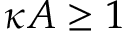
\kappa A \geq 1